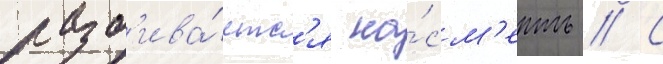
разб'ива́етс'я на́см'ерть // С